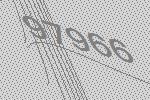
97966